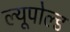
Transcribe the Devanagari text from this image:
ल्यूपोल्ड